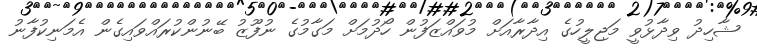
ޝާހިދު ވިދާޅުވީ މަޖިލީހުގެ އިދާރާއަށް މުވައްޒަފުން ހޯދުމަށް މަގާމުގެ ނުފޫޒު ބޭނުންކުރައްވައިގެން އެމަނިކުފާނު